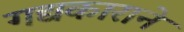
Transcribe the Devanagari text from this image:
गद्यकाराने